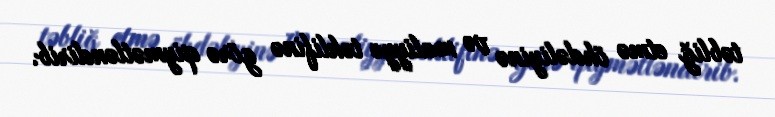
təbliğ etmə öhdəliyinə və maliyyə təklifinə görə qiymətləndirib.